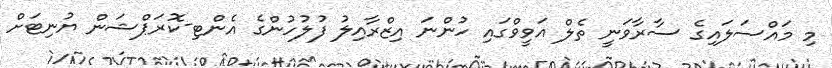
މި މައްސަލައިގެ ސާރާވަނީ ތެލް އަވީވްގައި ހުންނަ އިޒްރާއިލު ފުލުހުންގެ އެންޓި-ކޮރަޕްޝަން ޔުނިޓަށް